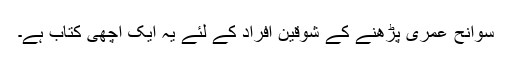
سوانح عمری پڑھنے کے شوقین افراد کے لئے یہ ایک اچھی کتاب ہے۔